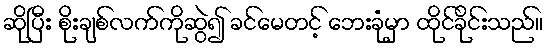
ဆိုပြီး စိုးချစ်လက်ကိုဆွဲ၍ ခင်မေတင့် ဘေးခုံမှာ ထိုင်ခိုင်းသည်။